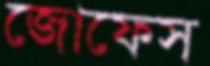
জোফেস